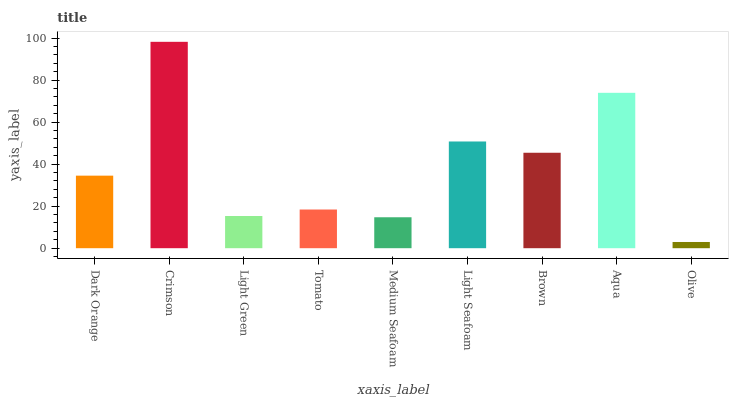
| xaxis_label | bars |
 | --- | --- |
 | Dark Orange | 34.5 |
 | Crimson | 98.3 |
 | Light Green | 15.3 |
 | Tomato | 18.4 |
 | Medium Seafoam | 14.7 |
 | Light Seafoam | 50.8 |
 | Brown | 45.5 |
 | Aqua | 74 |
 | Olive | 2.96 |